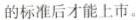
的标准后才能上市。